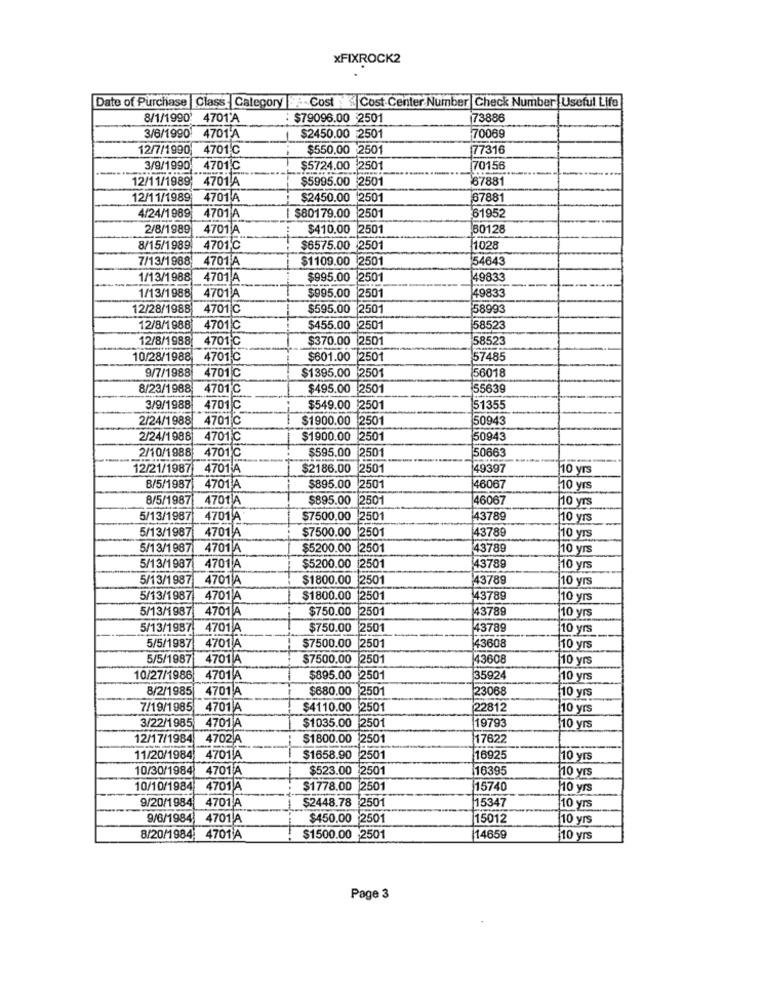
xFIXROCK2
Date of Purchase Class: Category -Cost . Cost.Center Number Check Number Useful Life
8/1/1990' 4701'A
$79096.00
$2501
173886
3/6/1990
4701 A
$2450.00 2501
70069
12/7/1990
4701℃
$550,00
2501
77316
3/9/1990
4701℃
$5724.00
250
70156
12/11/1989: 4701 A
$5995.00 2501
67881
12/11/1989
4701 A
$2450.00
2501
67881
4701 A
$80179.00
61952
4/24/1989
2501
2/8/1989
4701 A
$410.00 2501
180128
8/15/1989 4701℃
$6575.00 2501
11028
7/13/1988 4701 A
$1109.00 2501
54643
1/13/1988 4701 A
$995.00 2501
149833
49833
1/13/1988 4701 A
$995.00 2501
12/28/1988
4701C
$595.00 2501
58993
12/8/1988
4701C
$455.00 2501
58523
12/8/1988 4701C
$370.00 2501
58523
10/28/1988
4701C
$601.00 2501
57485
9/7/1988
56018
4701C
$1395.00 2501
8/23/1988 4701℃
$495.00 2501
55639
3/9/1988 4701 C
$549.00 $2501
51355
2/24/1988 4701C
$1900.00 2501
50943
2/24/1988
4701℃
$1900.00 2501
50943
2/10/1988
4701℃
$595.00 2501
50663
12/21/1987 4701 A
$2186.00 2501
49397
10 yrs
8/5/1987
4701 A
$895.00
2501
46067
10 yrs
8/5/1987 4701 A
$895.00 2501
46067
10 yrs
5/13/1987 4701 A
$7500.00 2501
43789
10 yrs
5/13/1987
4701 A
$7500.00 2501
43789
10 yrs
5/13/1 987
4701 A
$5200.00 2501
43789
10 yrs
5/13/1987
4701 A
$5200.00 2501
43789
10 yrs
5/13/1987
4701 A
$1800.00 2501
43789
10 yrs
5/13/1987
4701 A
$1800.00 2501
43789
10 yrs
5/13/1987
4701 A
$750.00
2501
43789
10 yrs
5/13/1987
4701 A
$750.00 2501
43789
(10 yrs
5/5/1987
4701 A
$7500.00 2501
43608
10 yrs
5/5/1987
4701 A
$7500.00
2501
43608
10 yrs
10/27/1986
4701A
$895.00
2501
35924
10 yrs
8/2/1985
$680.00 2501
23068
10 yrs
4701 A
7/19/1985
4701 A
$4110.00 2501
22812
10 yrs
$1035.00
2501
19793
3/22/1985
4701A
10 yrs
12/17/1984
4702 A
$1800.00 2501
17622
11/20/1984
4701A
$1658.90 2501
16925
10 yrs
10/30/1984
4701 A
$523.00 2501
16395
10 yrs
10/10/1984
4701 A
$1778.00 2501
15740
110 yrs
9/20/1984
4701 A
$2448.78 2501
15347
10 yrs
9/6/1984
4701 A
$450.00 2501
15012
|10 yrs
8/20/1984: 4701 A
$1500.00 2501
14659
10 yrs
Page 3